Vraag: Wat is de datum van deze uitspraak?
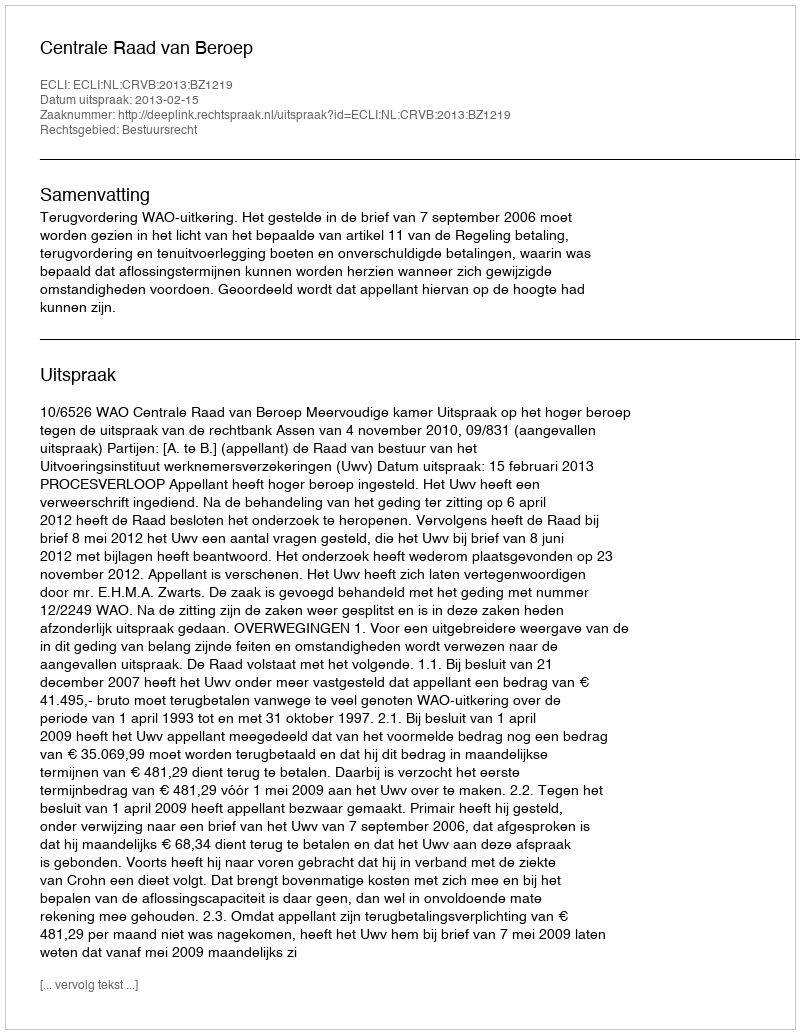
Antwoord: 2013-02-15